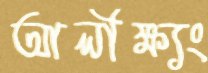
আলীক্ষ্যং